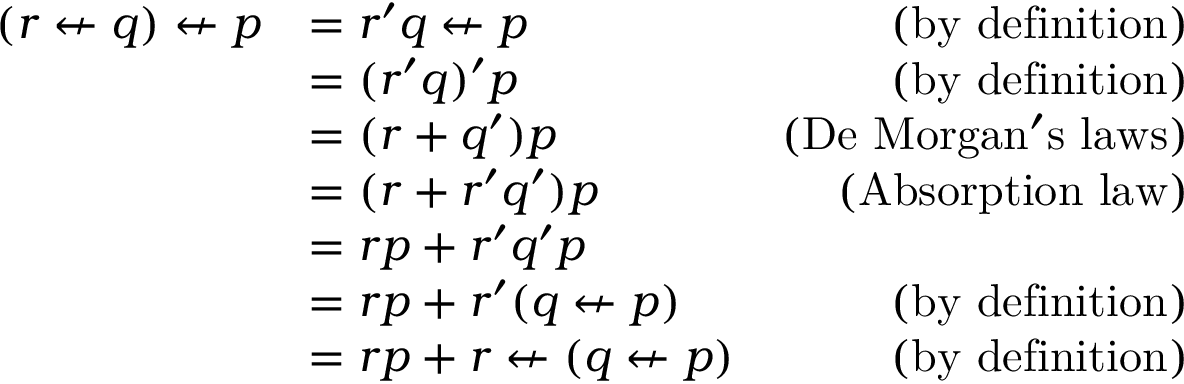
{ \begin{array} { r l r } { ( r \nleftarrow q ) \nleftarrow p } & { = r ^ { \prime } q \nleftarrow p } & { { \mathrm { ( b y ~ d e f i n i t i o n ) } } } \\ & { = ( r ^ { \prime } q ) ^ { \prime } p } & { { \mathrm { ( b y ~ d e f i n i t i o n ) } } } \\ & { = ( r + q ^ { \prime } ) p } & { { \mathrm { ( D e ~ M o r g a n ' s ~ l a w s ) } } } \\ & { = ( r + r ^ { \prime } q ^ { \prime } ) p } & { { \mathrm { ( A b s o r p t i o n ~ l a w ) } } } \\ & { = r p + r ^ { \prime } q ^ { \prime } p } \\ & { = r p + r ^ { \prime } ( q \nleftarrow p ) } & { { \mathrm { ( b y ~ d e f i n i t i o n ) } } } \\ & { = r p + r \nleftarrow ( q \nleftarrow p ) } & { { \mathrm { ( b y ~ d e f i n i t i o n ) } } } \end{array} }